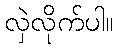
လှဲလိုက်ပါ။